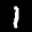
Label: 1